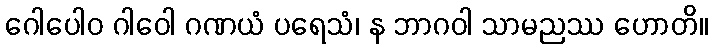
ဂေါပေါဝ ဂါဝေါ ဂဏယံ ပရေသံ၊ န ဘာဂဝါ သာမညဿ ဟောတိ။